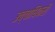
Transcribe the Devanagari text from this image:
उच्चाधिकरी